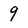
Character: 9